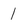
Character: 1